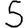
Digit: 5